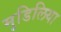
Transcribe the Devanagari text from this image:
मुडिलिया